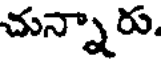
చున్నారు.